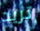
تريد